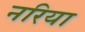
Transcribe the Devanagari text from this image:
नरिया